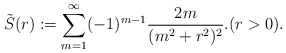
\begin{align*}\tilde{S}(r):=\sum_{m=1}^{\infty}(-1)^{m-1}\frac{2m}{(m^2+r^2)^2}.(r>0).\end{align*}